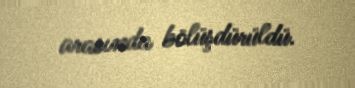
arasında bölüşdürüldü.